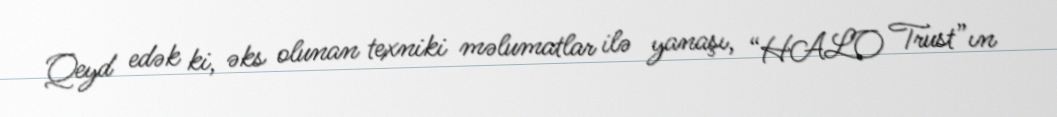
Qeyd edək ki, əks olunan texniki məlumatlar ilə yanaşı, “HALO Trust”ın